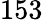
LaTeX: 153